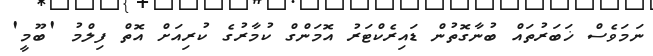
ނަމަވެސް ޚަބަރުތައް ބުނާގޮތުން ޑައިރެކްޓަރު އޮމަންގް ކުމާރުގެ ކުރިއަށް އޮތް ފިލްމު 'ބޫމީ'